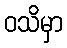
ဝသိမှာ